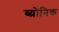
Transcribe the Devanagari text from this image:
ब्य्रोनिक